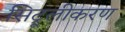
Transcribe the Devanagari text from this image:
सिट्रूलीकरण